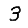
Digit: 3